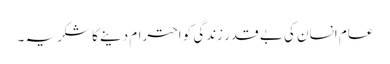
عام انسان کی بے قدر زندگی کو احترام دینے کا شکریہ ۔